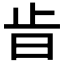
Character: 𣥜